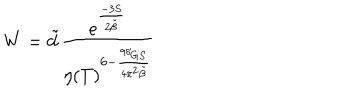
LaTeX: W = \tilde { d } \frac { e ^ { \frac { - 3 S } { 2 \tilde { \beta } } } } { \eta ( T ) ^ { 6 - \frac { 9 \delta _ { G S } } { 4 \pi ^ { 2 } \tilde { \beta } } } }